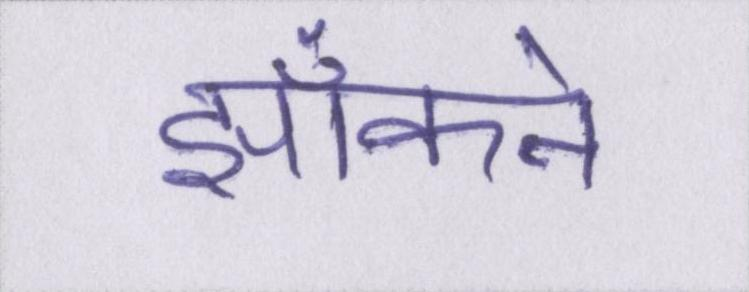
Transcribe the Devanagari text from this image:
झाँकने